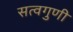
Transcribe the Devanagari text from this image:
सत्वगुणी